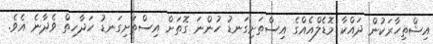
އިޝްތިހާރަކުން ދައްކާ މޮޑެލްއެއްގެ އިސްތަށިގަނޑު ހުންނަ ގޮތަށް އިސްތަށިގަނޑު ހަދާހިތް ވެދާނެ އެވެ.